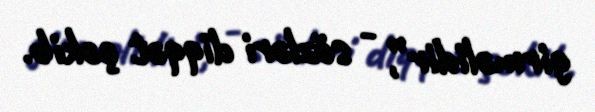
girməlidir”, - sözləri diqqət çəkib.